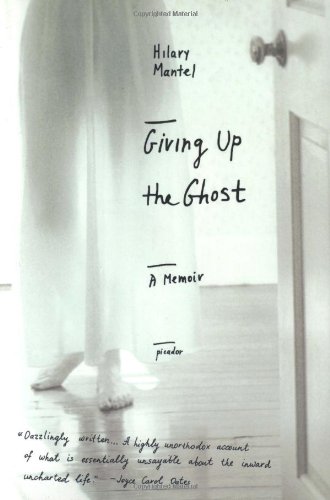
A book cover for Giving Up the Ghost : A Memoir (John MacRae Books); Hilary Mantel; Health, Fitness & Dieting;